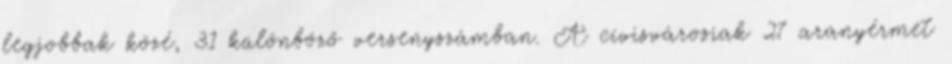
legjobbak közé, 31 különböző versenyszámban. A cívisvárosiak 27 aranyérmet